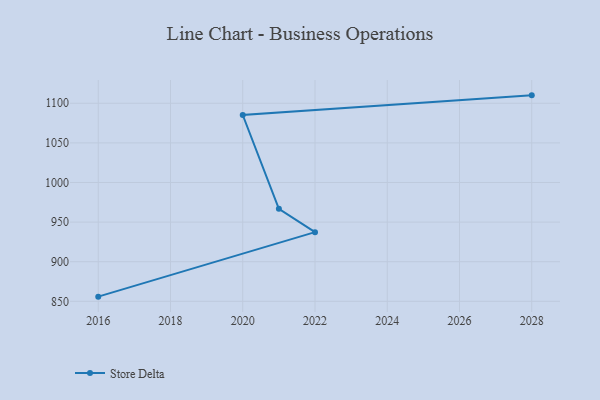
{"axis": {"x": "Year", "y": "Gross Profit (USD K)"}, "legend": ["Store Delta"], "data": [{"x": "2028", "y": 1110.0, "type": "Store Delta"}, {"x": "2020", "y": 1085.2, "type": "Store Delta"}, {"x": "2021", "y": 966.8, "type": "Store Delta"}, {"x": "2022", "y": 937.3, "type": "Store Delta"}, {"x": "2016", "y": 855.9, "type": "Store Delta"}]}